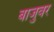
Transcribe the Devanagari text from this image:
बाजुवर